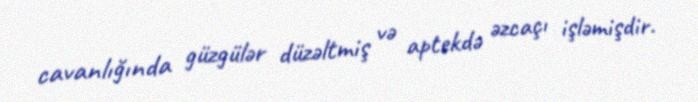
cavanlığında güzgülər düzəltmiş və aptekdə əzcaçı işləmişdir.